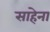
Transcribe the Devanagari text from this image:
साहेना